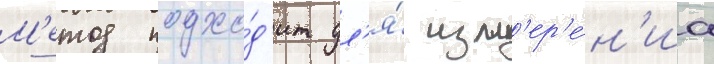
М'етод подхо́д'ит дл'я́ изм'ер'е́н'иа